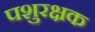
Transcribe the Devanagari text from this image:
पशुरक्षक